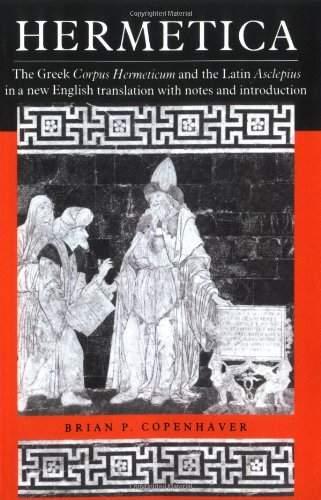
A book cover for Hermetica: The Greek Corpus Hermeticum and the Latin Asclepius in a New English Translation, with Notes and Introduction; Literature & Fiction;